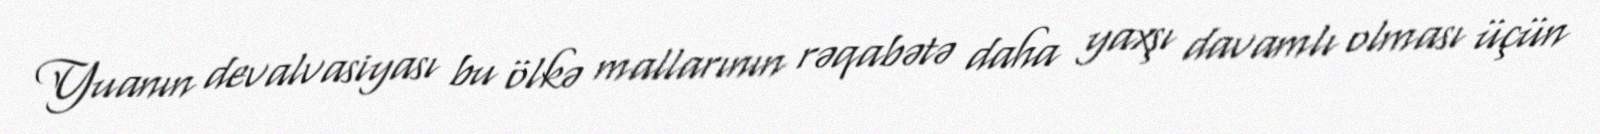
Yuanın devalvasiyası bu ölkə mallarının rəqabətə daha yaxşı davamlı olması üçün